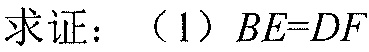
求证：（1）\(BE = DF\)